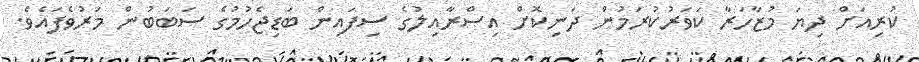
ކުރިއަށް ދިޔަ މުޒާހަރާ ކަވަރުކުރަމުން ދަނިކޮށް އިސްރާއިލުގެ ސިފައިން ބަޑިޖެހުމުގެ ސަބަބުން މަރުވެފައެވެ.